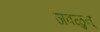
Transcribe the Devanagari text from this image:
जवळुन्